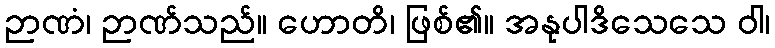
ဉာဏံ၊ ဉာဏ်သည်။ ဟောတိ၊ ဖြစ်၏။ အနုပါဒိသေသေ ဝါ၊